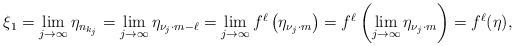
\begin{align*}\xi_1=\lim_{j\to\infty}\eta_{n_{k_j}}=\lim_{j\to\infty}\eta_{\nu_j\cdot m-\ell}=\lim_{j\to\infty}f^{\ell}\left(\eta_{\nu_j\cdot m}\right)=f^{\ell}\left(\lim_{j\to\infty}\eta_{\nu_j\cdot m}\right)=f^\ell(\eta), \end{align*}